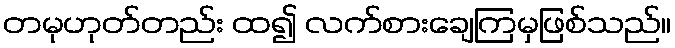
တမုဟုတ်တည်း ထ၍ လက်စားချေကြမှဖြစ်သည်။